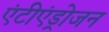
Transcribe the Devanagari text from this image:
एंटीएंड्रोजन